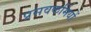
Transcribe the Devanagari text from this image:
प्रसवकर्मियों